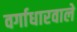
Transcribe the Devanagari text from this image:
वर्गाधारवाले